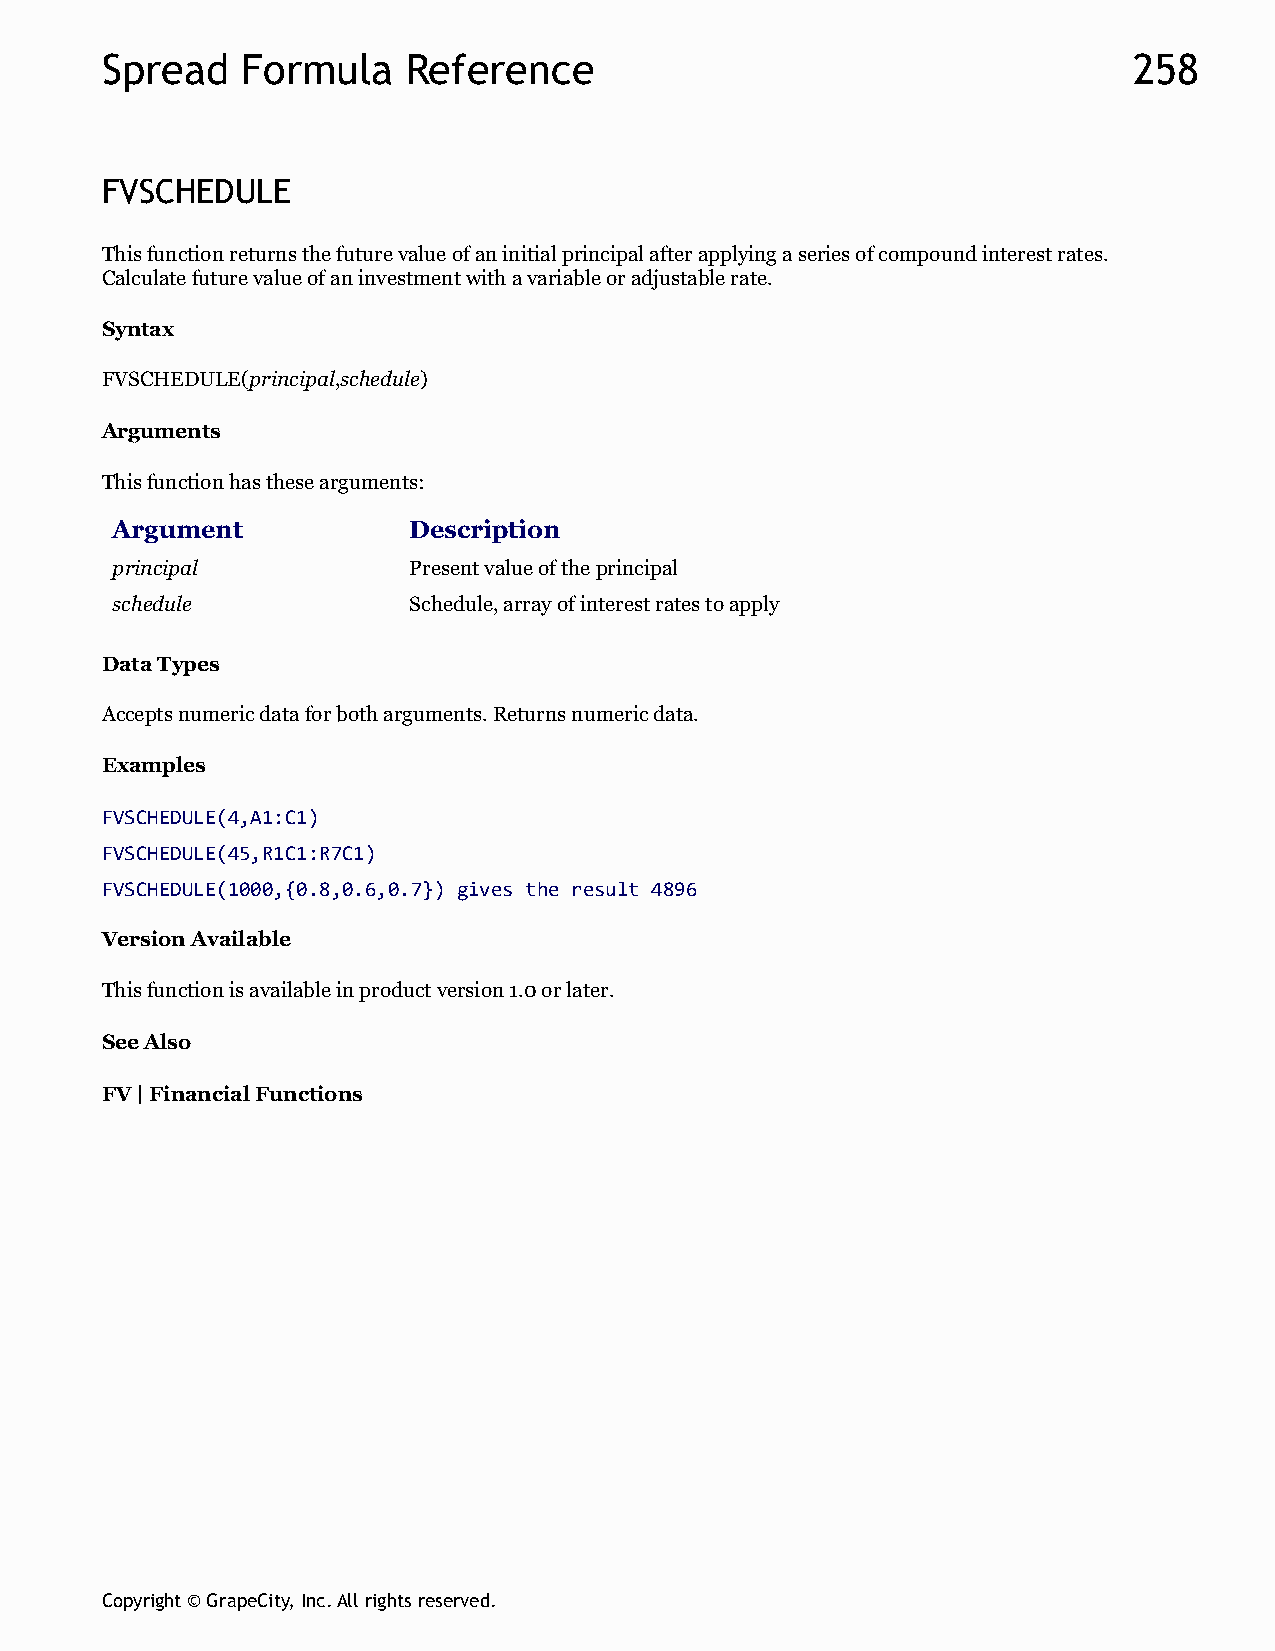
Spread   Formula    Reference                                       258
 FVSCHEDULE
 This function returns the future value of an initial principal after applying a series of compound interest rates.
 Calculate future value of an investment with a variable or adjustable rate.
 Syntax
 FVSCHEDULE(principal,schedule)
 Arguments
 This function has these arguments:
 Argument            Description
 principal           Present value of the principal
 schedule            Schedule, array of interest rates to apply
 Data Types
 Accepts numeric data for both arguments. Returns numeric data.
 Examples
 FVSCHEDULE(4,A1:C1)
 FVSCHEDULE(45,R1C1:R7C1)
 FVSCHEDULE(1000,{0.8,0.6,0.7}) gives the result 4896
 Version Available
 This function is available in product version 1.0 or later.
 See Also
 FV | Financial Functions
 Copyright © GrapeCity, Inc. All rights reserved.